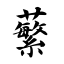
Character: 蘩